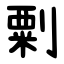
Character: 㔄